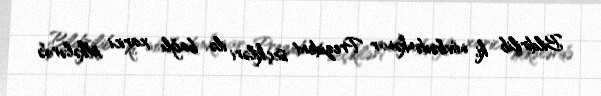
Bildirilib ki, növbədənkənar Prezident seçkiləri ilə bağlı xarici ölkələrdə